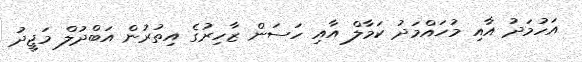
އަހުމަދު އާއި މުހައްމަދު ކަމާލް އާއި ހަސަން ޒާހިރުގެ އިތުރުން އަބްދުލް މަޖީދު